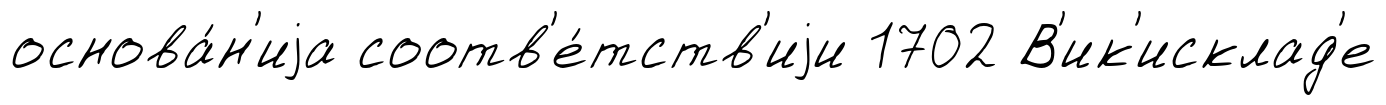
основа́н'иjа соотв'е́тств'иjи 1702 В'ик'исклад'е